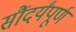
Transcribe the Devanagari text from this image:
सौंदर्यंपूर्ण